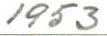
1953